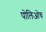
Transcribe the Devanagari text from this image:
पोलिओच